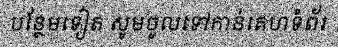
បន្ថែមទៀត សូមចូលទៅកាន់គេហទំព័រ